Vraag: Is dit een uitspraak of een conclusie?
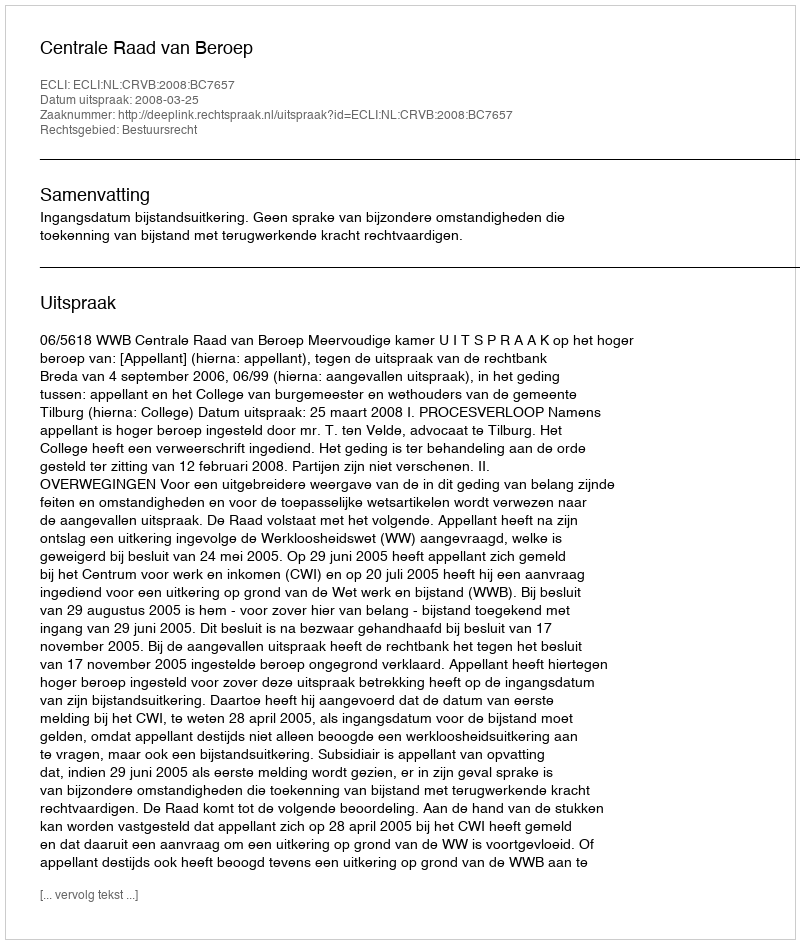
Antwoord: Uitspraak